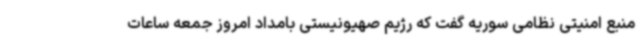
منبع امنیتی نظامی سوریه گفت که رژیم صهیونیستی بامداد امروز جمعه ساعات